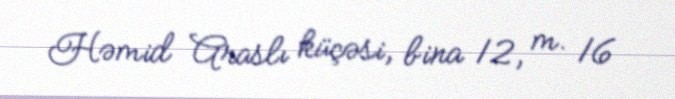
Həmid Araslı küçəsi, bina 12, m. 16